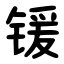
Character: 锾